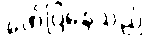
ဖော်ပြနေသည်